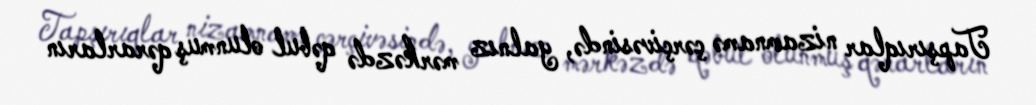
Tapşırıqlar nizamnamə çərçivəsində, yalnız mərkəzdə qəbul olunmuş qərarların